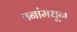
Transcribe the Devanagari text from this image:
वनांमधून